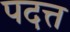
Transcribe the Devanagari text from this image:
पदत्त